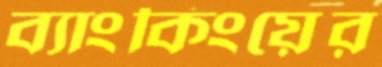
ব্যাংকিংয়ের